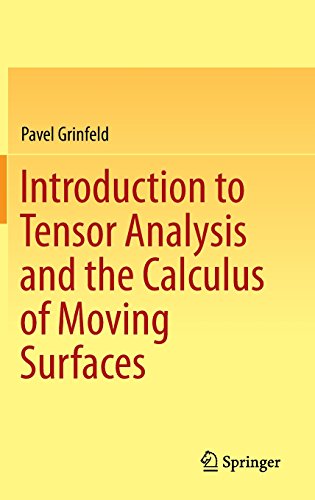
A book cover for Introduction to Tensor Analysis and the Calculus of Moving Surfaces; Pavel Grinfeld; Science & Math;